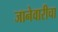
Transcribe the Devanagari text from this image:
जानेवारीचा